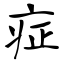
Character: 症